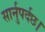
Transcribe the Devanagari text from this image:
सार्नुपर्दछ।